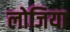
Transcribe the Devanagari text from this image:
लोजिया